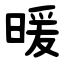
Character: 暖